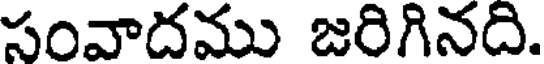
సంవాదము జరిగినది.